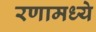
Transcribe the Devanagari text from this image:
रणामध्ये